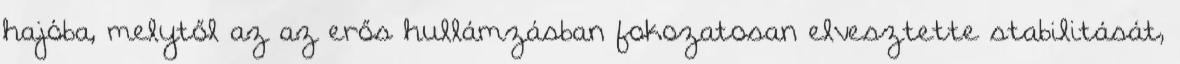
hajóba, melytől az az erős hullámzásban fokozatosan elvesztette stabilitását,